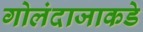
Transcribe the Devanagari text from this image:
गोलंदाजाकडे